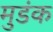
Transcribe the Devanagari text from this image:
मुडंक